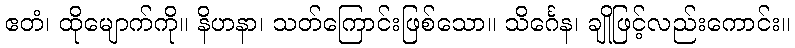
ဧတံ၊ ထိုမျောက်ကို။ နိဟနာ၊ သတ်ကြောင်းဖြစ်သော။ သိင်္ဂေန၊ ချိုဖြင့်လည်းကောင်း။